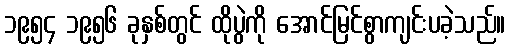
၁၉၅၄ ၁၉၅၆ ခုနှစ်တွင် ထိုပွဲကို အောင်မြင်စွာကျင်းပခဲ့သည်။